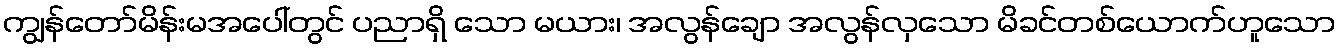
ကျွန်တော်မိန်းမအပေါ်တွင် ပညာရှိ သော မယား၊ အလွန်ချော အလွန်လှသော မိခင်တစ်ယောက်ဟူသော